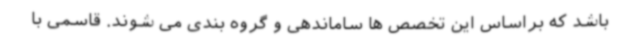
باشد که براساس این تخصص ها ساماندهی و گروه بندی می شوند. قاسمی با